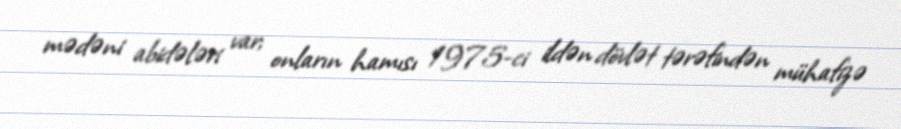
mədəni abidələri var; onların hamısı 1975-ci ildən dövlət tərəfindən mühafizə